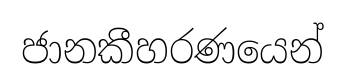
ජානකීහරණයෙන්